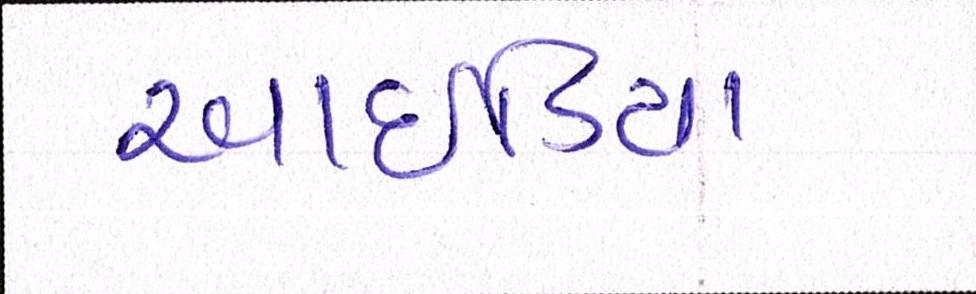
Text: આઇડિયા